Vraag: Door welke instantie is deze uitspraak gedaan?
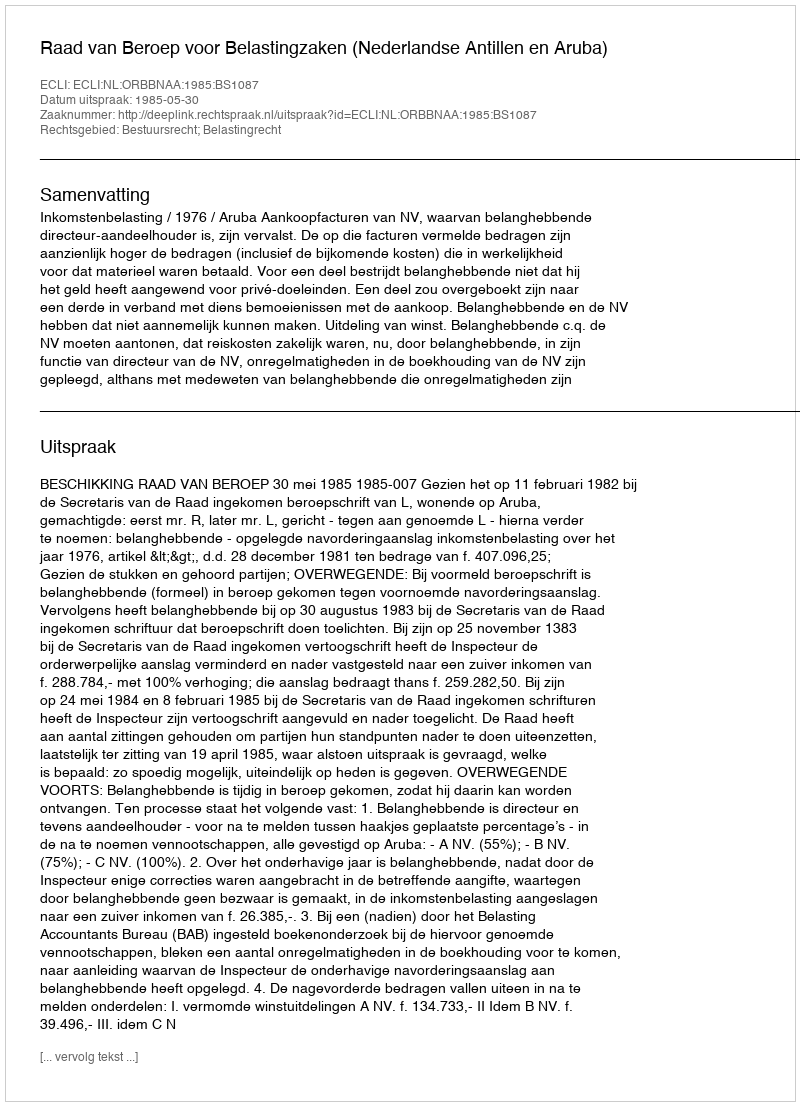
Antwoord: Raad van Beroep voor Belastingzaken (Nederlandse Antillen en Aruba)